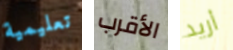
تعليمية الأقرب أريد